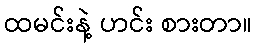
ထမင်းနဲ့ ဟင်း စားတာ။